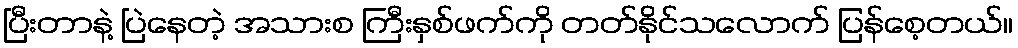
ပြီးတာနဲ့ ပြဲနေတဲ့ အသားစ ကြီးနှစ်ဖက်ကို တတ်နိုင်သလောက် ပြန်စေ့တယ်။